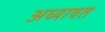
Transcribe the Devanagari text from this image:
अध्यावत